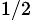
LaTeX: _{1/2}